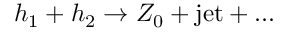
h _ { 1 } + h _ { 2 } \to Z _ { 0 } + \mathrm { j e t } + \ldots